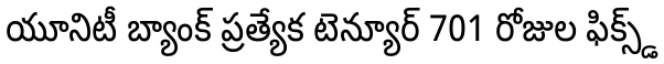
యూనిటీ బ్యాంక్ ప్రత్యేక టెన్యూర్ 701 రోజుల ఫిక్స్డ్